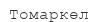
Томаркөл